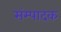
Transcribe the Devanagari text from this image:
संम्पादक